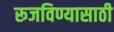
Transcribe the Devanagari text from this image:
रूजविण्यासाठी